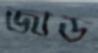
জাড